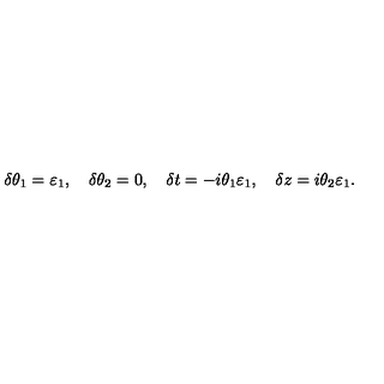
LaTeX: \delta \theta _ { 1 } = \varepsilon _ { 1 } , \quad \delta \theta _ { 2 } = 0 , \quad \delta t = - i \theta _ { 1 } \varepsilon _ { 1 } , \quad \delta z = i \theta _ { 2 } \varepsilon _ { 1 } .